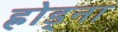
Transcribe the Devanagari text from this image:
ह्रोड्ना